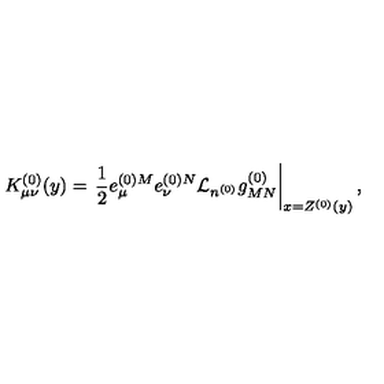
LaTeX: K _ { \mu \nu } ^ { ( 0 ) } ( y ) = \left. \frac { 1 } { 2 } e _ { \mu } ^ { ( 0 ) M } e _ { \nu } ^ { ( 0 ) N } { \cal L } _ { n ^ { ( 0 ) } } g _ { M N } ^ { ( 0 ) } \right| _ { x = Z ^ { ( 0 ) } ( y ) } ,